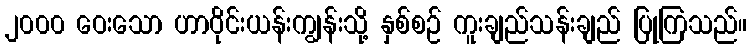
၂၀၀၀ ဝေးသော ဟာဝိုင်းယန်းကျွန်းသို့ နှစ်စဉ် ကူးချည်သန်းချည် ပြုကြသည်။